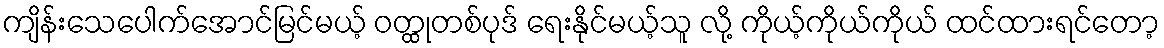
ကျိန်းသေပေါက်အောင်မြင်မယ့် ဝတ္ထုတစ်ပုဒ် ရေးနိုင်မယ့်သူ လို့ ကိုယ့်ကိုယ်ကိုယ် ထင်ထားရင်တော့